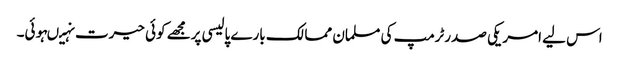
اس لیے امریکی صدرٹرمپ کی مسلمان ممالک بارے پالیسی پرمجھے کوئی حیرت نہیںہوئی۔